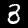
Digit: 3